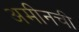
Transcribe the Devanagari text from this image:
अमीनची